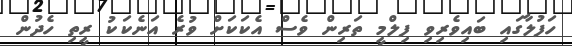
ހަފުލާގައި ބައިވެރިވި ފިލްމީ ތަރިން ވެސް އެކަކަށް ވުރެ އަނެކަކު ރީތި ހެދުން